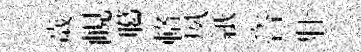
歲峴臈輅夙紙咨壯